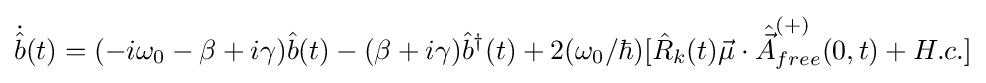
{\dot {\hat {b}}}(t)=(-i\omega _{0}-\beta +i\gamma ){\hat {b}}(t)-(\beta +i\gamma ){\hat {b}}^{\dagger }(t)+2(\omega _{0}/\hbar )[{\hat {R}}_{k}(t){\vec {\mu }}\cdot {\hat {\vec {A}}}_{free}^{(+)}(0,t)+H.c.]